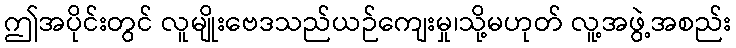
ဤအပိုင်းတွင် လူမျိုးဗေဒသည်ယဉ်ကျေးမှု၊သို့မဟုတ် လူ့အဖွဲ့အစည်း